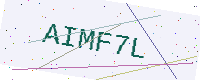
Text: AIMF7L